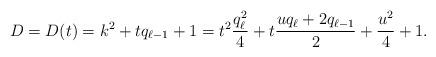
LaTeX: \begin{align*}D = D(t)=k^2+tq_{\ell-1}+1=t^2\frac{q_\ell^2}4+t\frac{uq_\ell+2q_{\ell-1}}{2}+\frac{u^2}{4}+1.\end{align*}